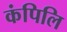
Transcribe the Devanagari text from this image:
कंपिलि